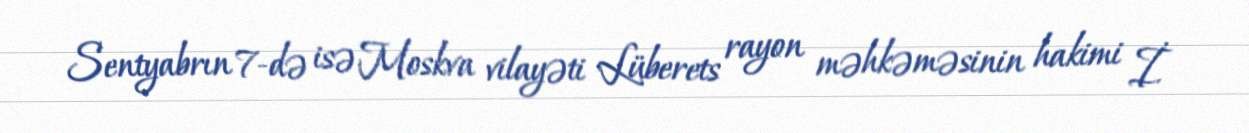
Sentyabrın 7-də isə Moskva vilayəti Lüberets rayon məhkəməsinin hakimi İ.